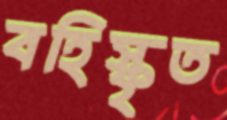
বহিস্কৃত